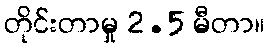
တိုင်းတာမှု 2.5 မီတာ။